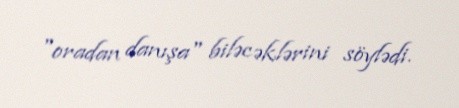
"oradan danışa" biləcəklərini söylədi.